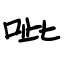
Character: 呲